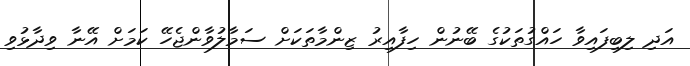
އަދި ލިބިފައިވާ ހައްގުތަކުގެ ބޭނުން ހިފާއިރު ޒިންމާތަކަށް ސަމާލުވާންޖެހޭ ކަމަށް އޭނާ ވިދާޅުވި